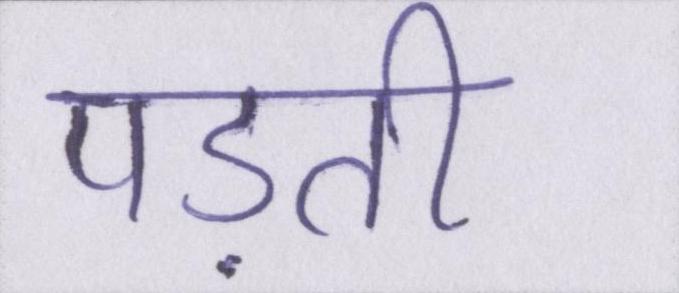
पड़ती